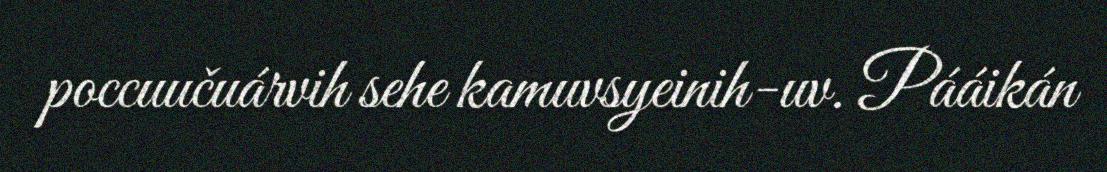
poccuučuárvih sehe kamuvsyeinih-uv. Pááikán